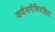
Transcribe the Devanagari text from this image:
वर्णवर्गविरहित